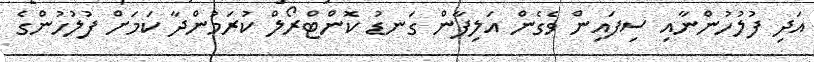
އަދި ފުލުހުންނާއި ސިފައިން ވެގެން އަލިފާން ގަނޑު ކޮންޓްރޯލް ކުރަމުންދާ ކަމަށް ފުލުހުންގެ